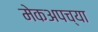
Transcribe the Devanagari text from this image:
मेकअपच्या